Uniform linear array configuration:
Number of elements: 48
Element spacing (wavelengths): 0.25
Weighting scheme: hamming
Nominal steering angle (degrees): -15
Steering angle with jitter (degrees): -14.693
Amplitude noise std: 0.05
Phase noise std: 0.05

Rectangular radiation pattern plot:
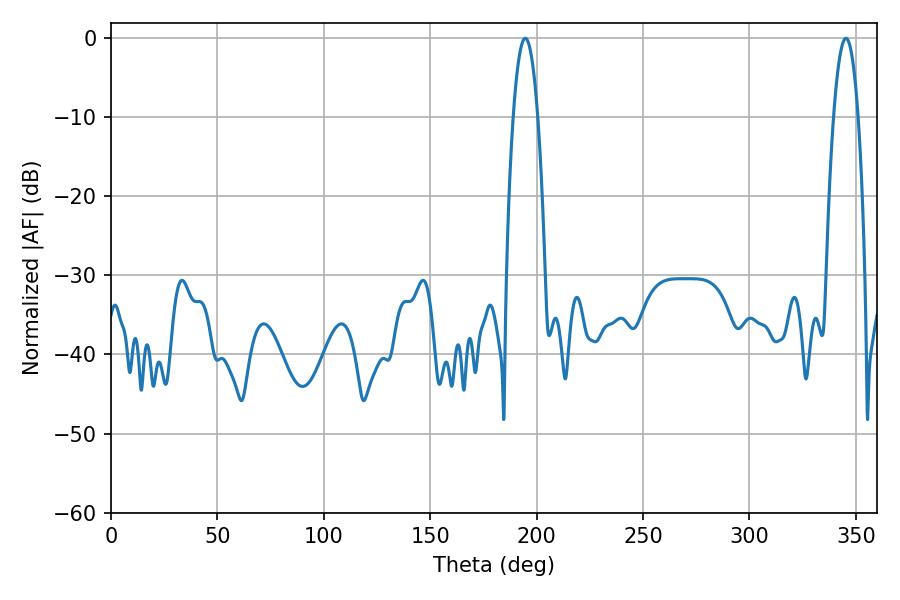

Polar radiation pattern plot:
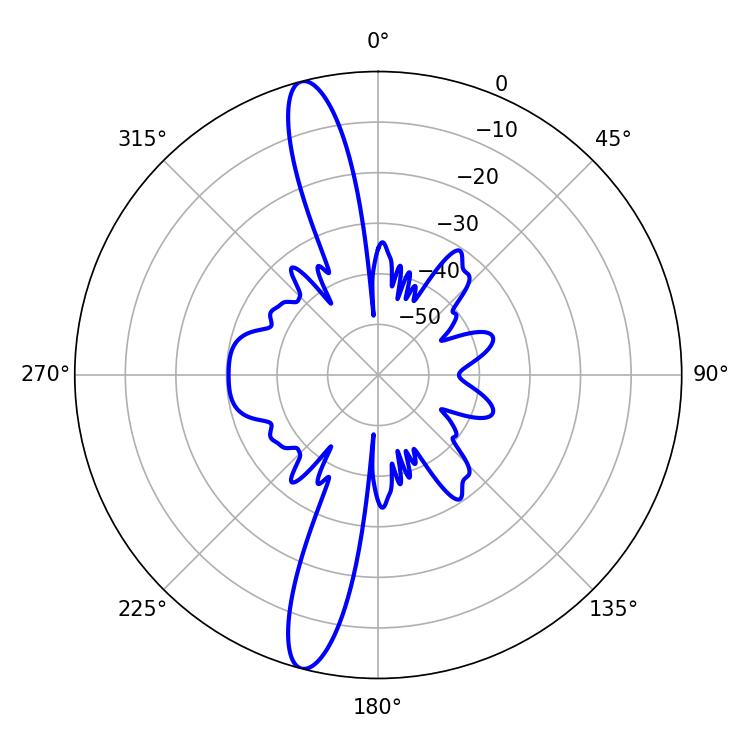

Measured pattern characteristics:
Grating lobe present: FALSE
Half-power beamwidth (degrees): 6.3
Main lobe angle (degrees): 194.58